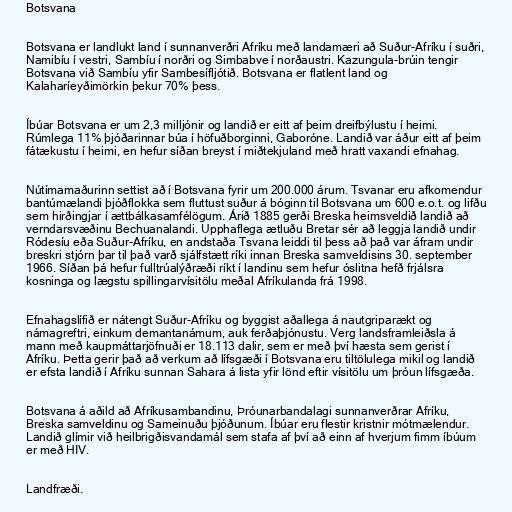
Botsvana

Botsvana er landlukt land í sunnanverðri Afríku með landamæri að Suður-Afríku í suðri,
Namibíu í vestri, Sambíu í norðri og Simbabve í norðaustri. Kazungula-brúin tengir
Botsvana við Sambíu yfir Sambesífljótið. Botsvana er flatlent land og
Kalaharíeyðimörkin þekur 70% þess.

Íbúar Botsvana er um 2,3 milljónir og landið er eitt af þeim dreifbýlustu í heimi.
Rúmlega 11% þjóðarinnar búa í höfuðborginni, Gaboróne. Landið var áður eitt af þeim
fátækustu í heimi, en hefur síðan breyst í miðtekjuland með hratt vaxandi efnahag.

Nútímamaðurinn settist að í Botsvana fyrir um 200.000 árum. Tsvanar eru afkomendur
bantúmælandi þjóðflokka sem fluttust suður á bóginn til Botsvana um 600 e.o.t. og lifðu
sem hirðingjar í ættbálkasamfélögum. Árið 1885 gerði Breska heimsveldið landið að
verndarsvæðinu Bechuanalandi. Upphaflega ætluðu Bretar sér að leggja landið undir
Ródesíu eða Suður-Afríku, en andstaða Tsvana leiddi til þess að það var áfram undir
breskri stjórn þar til það varð sjálfstætt ríki innan Breska samveldisins 30. september
1966. Síðan þá hefur fulltrúalýðræði ríkt í landinu sem hefur óslitna hefð frjálsra
kosninga og lægstu spillingarvísitölu meðal Afríkulanda frá 1998.

Efnahagslífið er nátengt Suður-Afríku og byggist aðallega á nautgriparækt og
námagreftri, einkum demantanámum, auk ferðaþjónustu. Verg landsframleiðsla á
mann með kaupmáttarjöfnuði er 18.113 dalir, sem er með því hæsta sem gerist í
Afríku. Þetta gerir það að verkum að lífsgæði í Botsvana eru tiltölulega mikil og landið
er efsta landið í Afríku sunnan Sahara á lista yfir lönd eftir vísitölu um þróun lífsgæða.

Botsvana á aðild að Afríkusambandinu, Þróunarbandalagi sunnanverðrar Afríku,
Breska samveldinu og Sameinuðu þjóðunum. Íbúar eru flestir kristnir mótmælendur.
Landið glímir við heilbrigðisvandamál sem stafa af því að einn af hverjum fimm íbúum
er með HIV.

Landfræði.